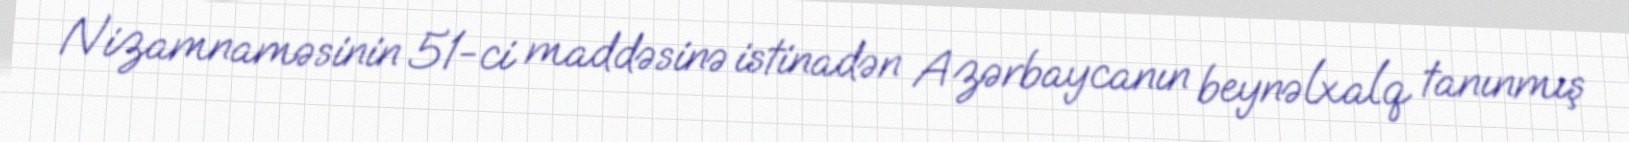
Nizamnaməsinin 51-ci maddəsinə istinadən Azərbaycanın beynəlxalq tanınmış